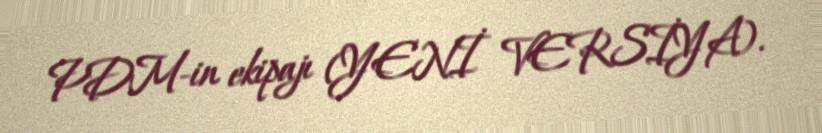
PDM-in ekipajı (YENİ VERSİYA).